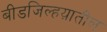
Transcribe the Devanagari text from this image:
बीडजिल्हय़ातील